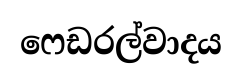
ෆෙඩරල්වාදය